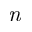
\mathit { n }